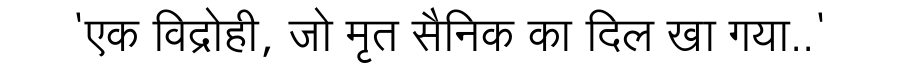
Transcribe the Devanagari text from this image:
'एक विद्रोही, जो मृत सैनिक का दिल खा गया..'